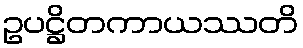
ဥပဋ္ဌိတကာယဿတိ